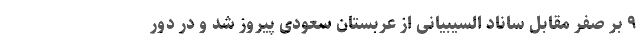
۹ بر صفر مقابل ساناد السیبیانی از عربستان سعودی پیروز شد و در دور